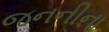
જનનીના